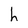
Character: h